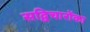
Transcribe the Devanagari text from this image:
सद्विचारोंका